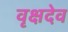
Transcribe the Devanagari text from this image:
वृक्षदेव